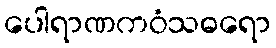
ပေါရာဏကဝံသဓရော